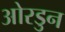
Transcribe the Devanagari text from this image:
ओरडुन